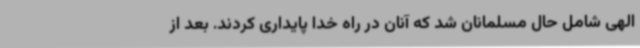
الهی شامل حال مسلمانان شد که آنان در راه خدا پایداری کردند. بعد از